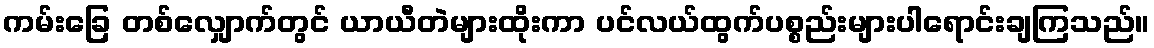
ကမ်းခြေ တစ်လျှောက်တွင် ယာယီတဲများထိုးကာ ပင်လယ်ထွက်ပစ္စည်းများပါရောင်းချကြသည်။